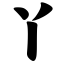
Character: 丫